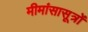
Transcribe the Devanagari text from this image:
मीमांसासूत्रों